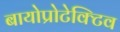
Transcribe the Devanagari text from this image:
बायोप्रोटेक्टिव